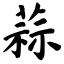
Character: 蒜